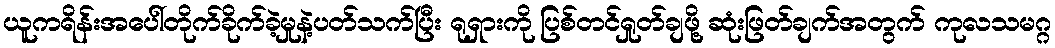
ယူကရိန်းအပေါ်တိုက်ခိုက်ခဲ့မှုနဲ့ပတ်သက်ပြီး ရုရှားကို ပြစ်တင်ရှုတ်ချဖို့ ဆုံးဖြတ်ချက်အတွက် ကုလသမဂ္ဂ